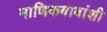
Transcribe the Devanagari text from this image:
माणिकबाबांशी